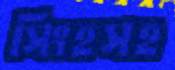
সিংহসহ